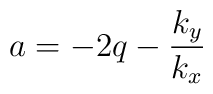
a = -2q - {{k_y} \over {k_x}}